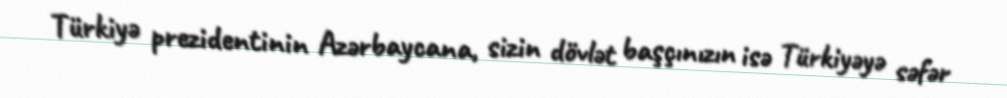
Türkiyə prezidentinin Azərbaycana, sizin dövlət başçınızın isə Türkiyəyə səfər